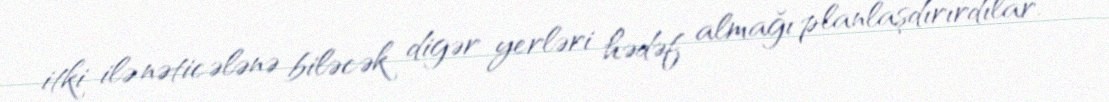
itki ilə nəticələnə biləcək digər yerləri hədəf almağı planlaşdırırdılar.